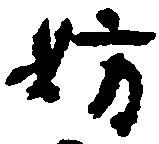
妨